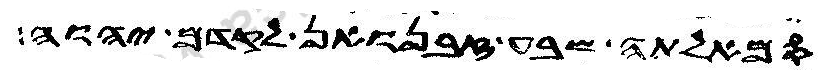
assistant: סמאלתה שבע זבנואן לקדם יהוה